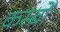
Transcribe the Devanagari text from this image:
कस्‍बों